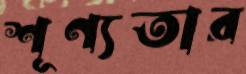
শূণ্যতার